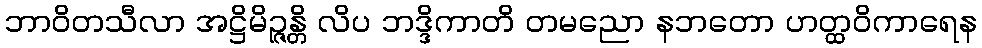
ဘာဝိတသီလာ အဋ္ဌိမိဉ္ဇန္တိ လိပ ဘဒ္ဒိကာတိ တမညော နဘတော ဟတ္ထဝိကာရေန